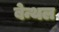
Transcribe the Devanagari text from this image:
बेन्थल